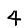
Digit: 4